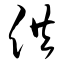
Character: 供